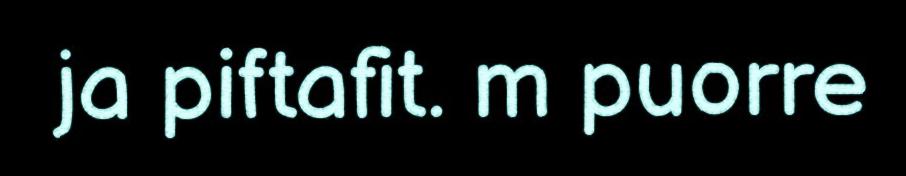
ja piftafit. m puorre